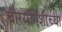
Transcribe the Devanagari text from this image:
चौऱ्याऐंशीच्या